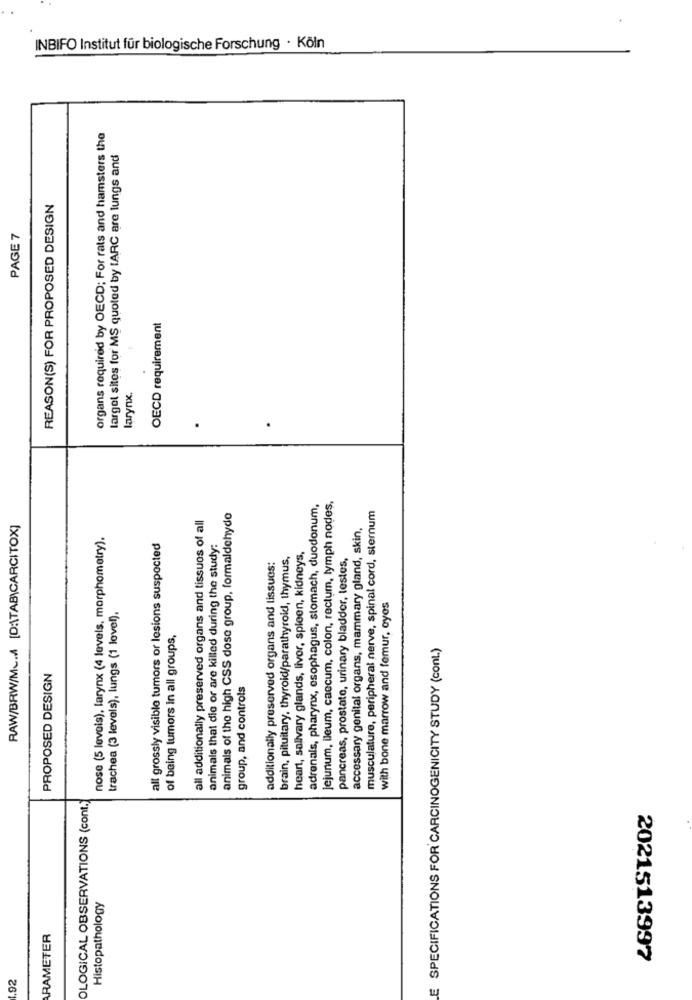
INBIFO Institut für biologische Forschung · Köln
organs required by OECD; For rats and hamsters the
larget sites for MS quoted by IARC are lungs and
REASON(S) FOR PROPOSED DESIGN
PAGE 7
OECD requirement
larynx.
.
.
adrenals, pharynx, esophagus, stomach, duodonum,
Jejunum, leum, caecum, colon, rectum, lymph nodes.
musculature, peripheral nerve, spinal cord, sternum
all additionally preserved organs and tissues of all
animals of the high CSS dose group, formaldehyde
RAW/BRW/Mc.A [D:\TAB\CARCITOX]
accessary genital organs, mammary gland, skin,
nose (5 levels), larynx (4 levels, morphometry).
all grossly visible tumors or lesions suspected
animals that die or are killed during the study:
brain, pituitary, thyroid/parathyroid, thymus,
heart, salivary glands, livor, spleen, kidneys,
pancreas, prostate, urinary bladder, testes,
additionally preserved organs and lissues:
with bone marrow and femur, oyes
trachea (3 levels), lungs (1 level).
of being tumors In all groups,
E SPECIFICATIONS FOR CARCINOGENICITY STUDY (cont.)
PROPOSED DESIGN
group, and controls
OLOGICAL OBSERVATIONS (cont.)
Histopathology
RAMETER
2021513997
.92